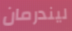
ليندرمان